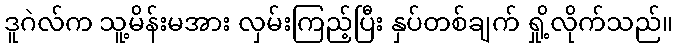
ဒူဂဲလ်က သူ့မိန်းမအား လှမ်းကြည့်ပြီး နှပ်တစ်ချက် ရှို့လိုက်သည်။